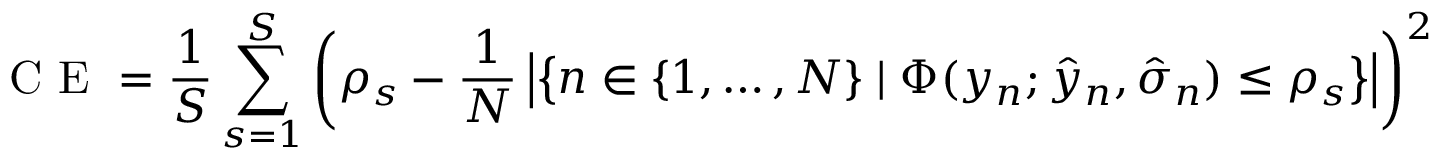
\mathrm { ~ C ~ E ~ } = \frac { 1 } { S } \sum _ { s = 1 } ^ { S } \left( \rho _ { s } - \frac { 1 } { N } \left| \left\{ n \in \{ 1 , \dots , N \} \mid \Phi ( y _ { n } ; \hat { y } _ { n } , \hat { \sigma } _ { n } ) \leq \rho _ { s } \right\} \right| \right) ^ { 2 }